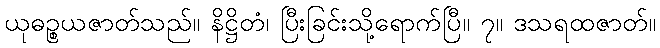
ယုဓဉ္စယဇာတ်သည်။ နိဋ္ဌိတံ၊ ပြီးခြင်းသို့ရောက်ပြီ။ ၇။ ဒသရထဇာတ်။